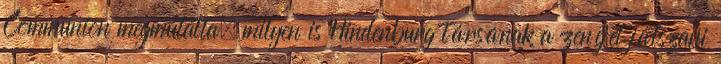
Communion megmutatta, milyen is Hindenburg társának a zenéjét játszani